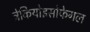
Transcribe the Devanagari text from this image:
ट्रेकियोइसोफेगल